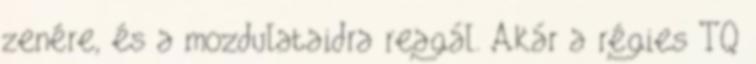
zenére, és a mozdulataidra reagál. Akár a régies TQ